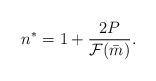
LaTeX: \begin{align*}n^*=1+\frac{2P}{\mathcal F(\bar m)}.\end{align*}